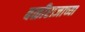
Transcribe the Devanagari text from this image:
बळीराजाच्या